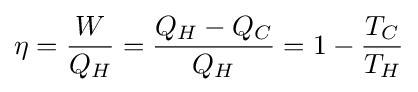
\eta ={\frac {W}{Q_{H}}}={\frac {Q_{H}-Q_{C}}{Q_{H}}}=1-{\frac {T_{C}}{T_{H}}}